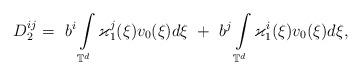
LaTeX: \begin{align*}D^{ij}_2 = \ b^i \int\limits_{\mathbb T^d} \varkappa^j_1 (\xi) v_0(\xi) d\xi \ + \ b^j \int\limits_{\mathbb T^d} \varkappa^i_1 (\xi) v_0(\xi) d\xi,\end{align*}